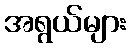
အရွယ်များ